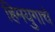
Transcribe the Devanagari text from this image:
हिमयुगाचे